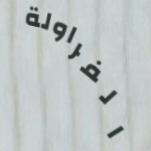
الفراولة